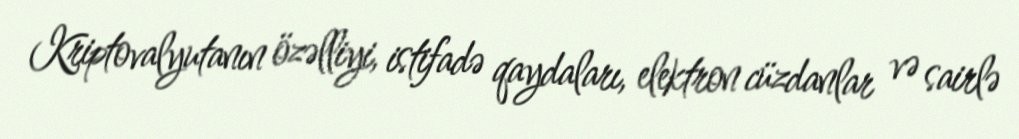
Kriptovalyutanın özəlliyi, istifadə qaydaları, elektron cüzdanlar və sairlə